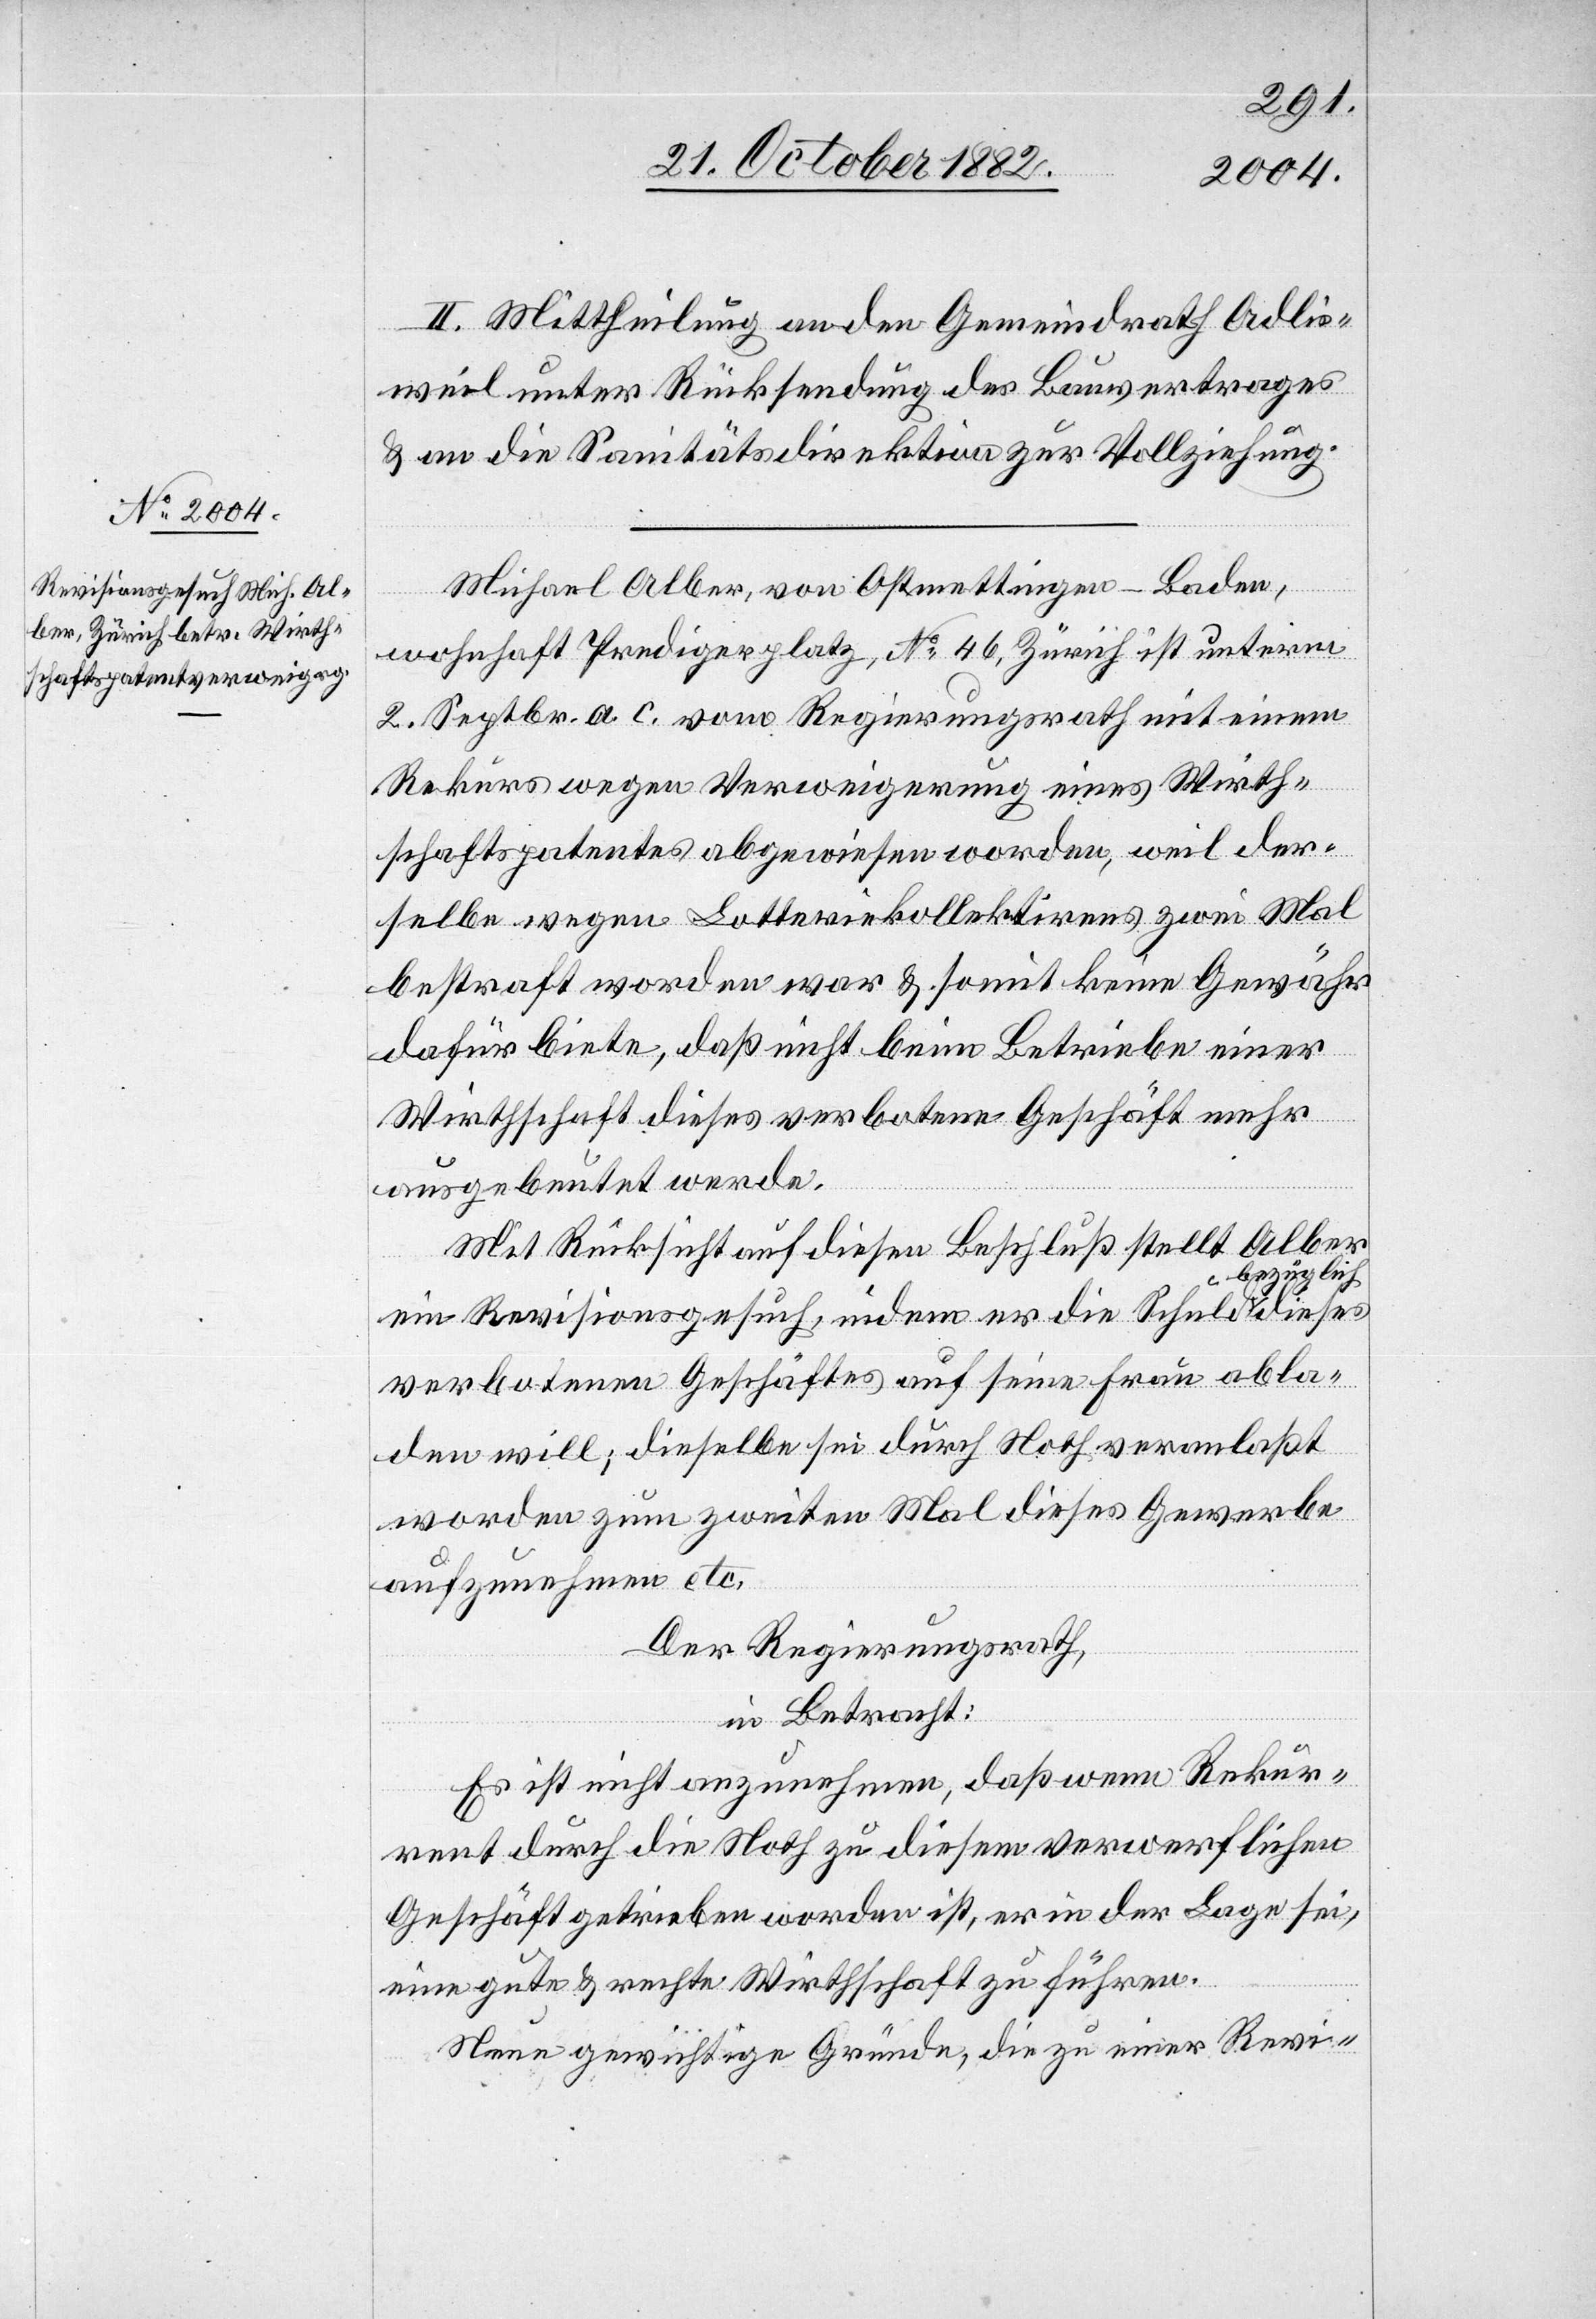
II. Mittheilung an den Gemeindrath Adlis¬
weil unter Rücksendung des Bauvertrages
& an die Sanitätsdirektion zur Vollziehung.
Michael Alber, von Ostmettingen - Baden,
wohnhaft Predigerplatz, No 46, Zürich ist unterm
2. Septbr. a. c. vom Regierungsrath mit einem
Rekurs wegen Verweigerung eines Wirth¬
schaftspatentes abgewiesen worden, weil der¬
selbe wegen Lotteriekollektirens zwei Mal
bestraft worden war & somit keine Gewähr
dafür biete, daß nicht beim Betriebe einer
Wirthschaft dieses verbotene Geschäft mehr
ausgebeutet werde.
Mit Rücksicht auf diesen Beschluß stellt Alber
dieses
bezüglich
ein Revisionsgesuch, indem er die Schuld
verbotenen Geschäftes auf seine Frau abla¬
den will; dieselbe sei durch Noth veranlaßt
worden zum zweiten Mal dieses Gewerbe
aufzunehmen etc.
Der Regierungsrath,
in Betracht:
Es ist nicht anzunehmen, daß wenn Rekur¬
rent durch die Noth zu diesem verwerflichen
Geschäft getrieben worden ist, er in der Lage sei,
eine gute & rechte Wirthschaft zu führen.
Neue gewichtige Gründe, die zu einer Revi-